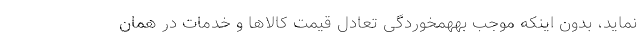
نماید، بدون اینکه موجب بههمخوردگی تعادل قیمت کالاها و خدمات در همان